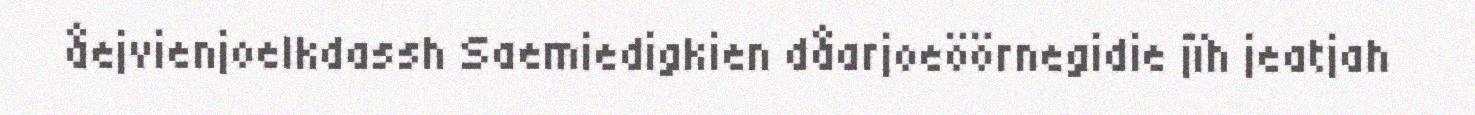
åejvienjoelkdassh Saemiedigkien dåarjoeöörnegidie jïh jeatjah